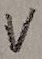
Text: V